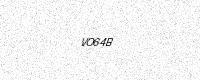
Text: VO64B